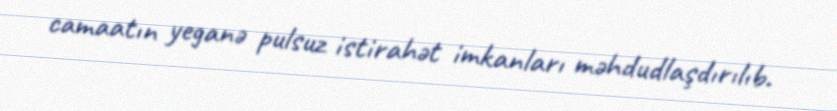
camaatın yeganə pulsuz istirahət imkanları məhdudlaşdırılıb.